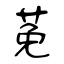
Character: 莬